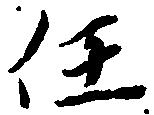
任